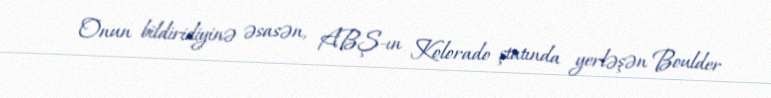
Onun bildiridiyinə əsasən, ABŞ-ın Kolorado ştatında yerləşən Boulder